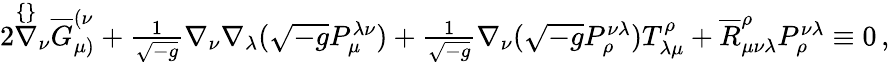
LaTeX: \begin{array}{r}{2\stackrel{\{ \} }{\nabla}_{\nu}\overline{{G}}^{(\nu}_{\mu)}+\frac{1}{\sqrt{-g}}\nabla_{\nu}\nabla_{\lambda}(\sqrt{-g}P^{\lambda\nu}_{\mu})+\frac{1}{\sqrt{-g}}\nabla_{\nu}(\sqrt{-g}P^{\nu\lambda}_{\rho})T^{\rho}_{\lambda\mu}+\overline{{R}}_{\mu\nu\lambda}^{\rho}P^{\nu\lambda}_{\rho}\equiv 0\, ,}\end{array}